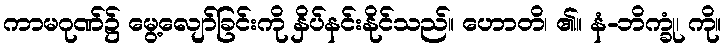
ကာမဂုဏ်၌ မွေ့လျော်ခြင်းကို နှိပ်နင်းနိုင်သည်။ ဟောတိ၊ ၏။ နံ-ဘိက္ခုံ၊ ကို။